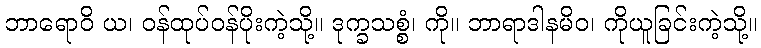
ဘာရောဝိ ယ၊ ဝန်ထုပ်ဝန်ပိုးကဲ့သို့။ ဒုက္ခသစ္စံ၊ ကို။ ဘာရာဒါနမိဝ၊ ကိုယူခြင်းကဲ့သို့။